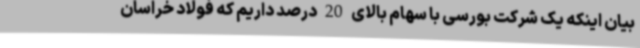
بیان اینکه یک شرکت بورسی با سهام بالای 20 درصد داریم که فولاد خراسان